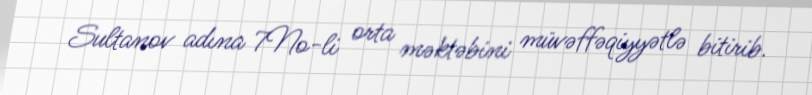
Sultanov adına 7No-li orta məktəbini müvəffəqiyyətlə bitirib.